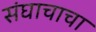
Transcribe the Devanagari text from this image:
संघाचाचा